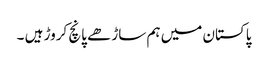
پاکستان میں ہم ساڑھے پانچ کروڑ ہیں ۔